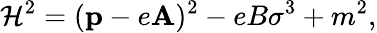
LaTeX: \mathcal{H}^{2}=({\mathbf{p}}-e{\mathbf{A}})^{2}-eB\sigma^{3}+m^{2},